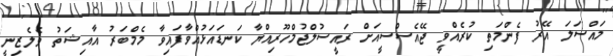
މައްސަލަ އޭރު ފެންމަތި ކުރެއްވީ ޖޭއެސްސީއަށް ރައީސުލްޖުމްހޫރިއްޔާ ކަނޑައަޅުއްވާފައިވާ މެމްބަރު އާއިޝަތު ވެލެޒިނީ